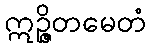
ဣဉ္ဇိတမေတံ